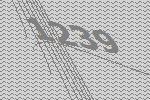
1239